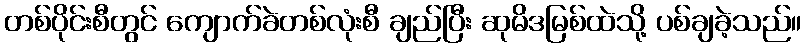
တစ်ပိုင်းစီတွင် ကျောက်ခဲတစ်လုံးစီ ချည်ပြီး ဆုမိဒမြစ်ထဲသို့ ပစ်ချခဲ့သည်။